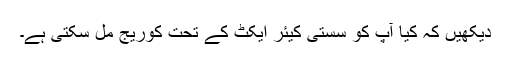
دیکھیں کہ کیا آپ کو سستی کیئر ایکٹ کے تحت کوریج مل سکتی ہے۔